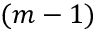
( m - 1 )